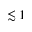
\lesssim 1